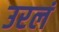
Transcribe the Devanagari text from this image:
उरलं